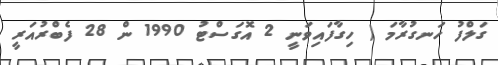
ގަލްފު ހަނގުރާމަ ( ހިގާފައިވަނީ 2 އޮގަސްޓު 1990 ން 28 ފެބްރުއަރީ